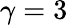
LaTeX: \gamma=3